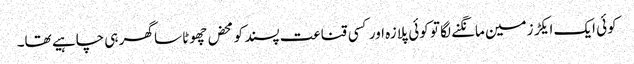
کوئی ایک ایکڑ زمین مانگنے لگا تو کوئی پلازہ اور کسی قناعت پسند کو محض چھوٹا سا گھر ہی چاہیے تھا۔